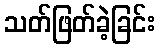
သတ်ဖြတ်ခဲ့ခြင်း